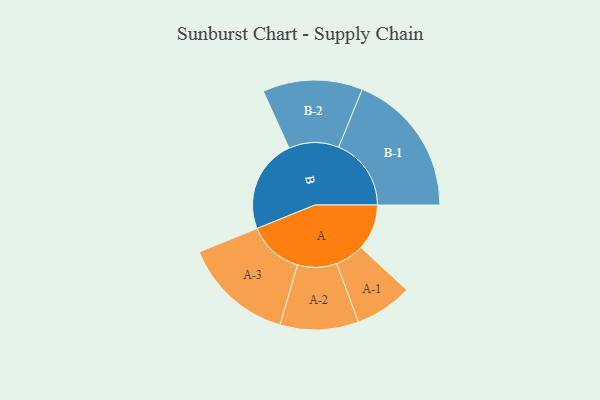
{"axis": {"x": "Segment", "y": "Value"}, "legend": ["", "A", "B"], "data": [{"x": "A", "y": 188, "type": ""}, {"x": "B", "y": 385, "type": ""}, {"x": "A-1", "y": 118, "type": "A"}, {"x": "A-2", "y": 161, "type": "A"}, {"x": "A-3", "y": 227, "type": "A"}, {"x": "B-1", "y": 298, "type": "B"}, {"x": "B-2", "y": 205, "type": "B"}]}